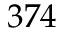
3 7 4